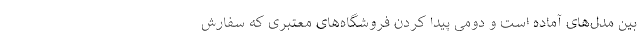
بین مدل‌های آماده است و دومی پیدا کردن فروشگاه‌های معتبری که سفارش